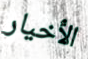
الأخيار